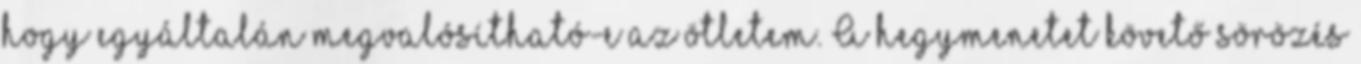
hogy egyáltalán megvalósítható-e az ötletem. A hegymenetet követő sörözés